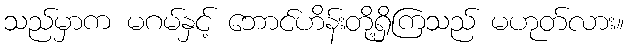
သည်မှာက မဂမ်နှင့် ဘောင်ဟိန်းတို့ရှိကြသည် မဟုတ်လား။